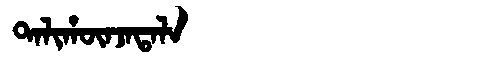
Manchu: ᡨᠠᠯᡳᡥᡡᠨᠵᠠᡨᠠᠯᠠ
Romanization: TALIHŪNJATALA